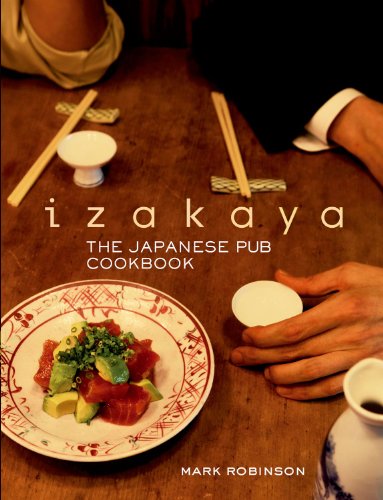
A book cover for Izakaya: The Japanese Pub Cookbook; Mark Robinson; Cookbooks, Food & Wine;